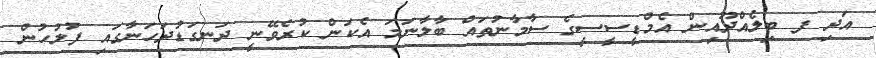
އަދި ފ ބިލެއްދޫއިން އެމްޑީސީސީގެ ސާމާނުތައް ބާލާނަމަ އެކަން ކުރެވޭނީ ދަނގަޑުދަހަނާގައި ފުލުހުން